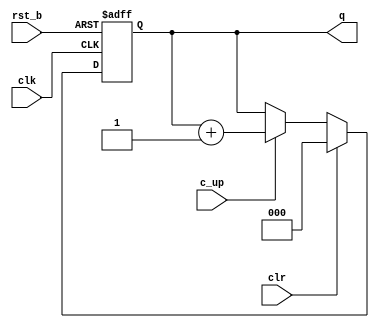
module cntr #(
  parameter w = 3,
  parameter iv = {w{1'b0}}
  )(
  input clk,
  input rst_b,
  input clr,
  input c_up,
  output reg [w-1:0] q
  );
  
  always @(posedge clk, negedge rst_b)
  begin
    if (!rst_b)
      q <= iv;
    else if (clr)
      q <= iv;
    else if (c_up)
      q <= q + 1;
  end
endmodule